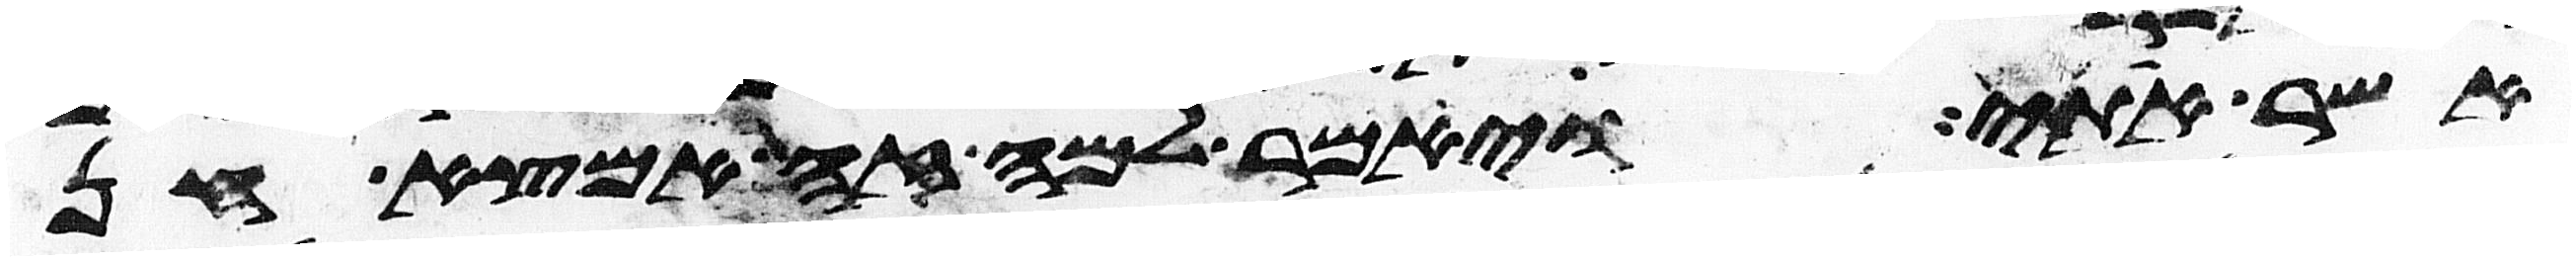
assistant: אשר אתי ויאמר למה זה אמצא חן